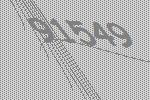
91549